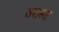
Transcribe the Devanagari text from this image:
वरासत